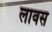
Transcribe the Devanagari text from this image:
लावस